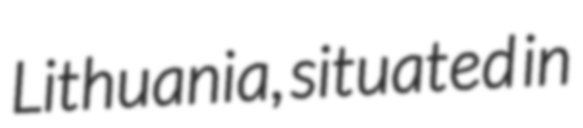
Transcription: Lithuania, situated in